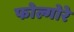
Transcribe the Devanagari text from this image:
फोल्गोरे